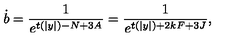
\dot { b } = \frac { 1 } { e ^ { t ( | y | ) - N + 3 A } } = \frac { 1 } { e ^ { t ( | y | ) + 2 k F + 3 J } } ,